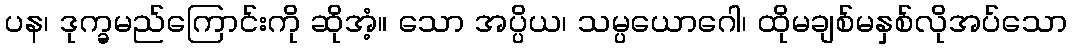
ပန၊ ဒုက္ခမည်ကြောင်းကို ဆိုအံ့။ သော အပ္ပိယ၊ သမ္ပယောဂေါ၊ ထိုမချစ်မနှစ်လိုအပ်သော